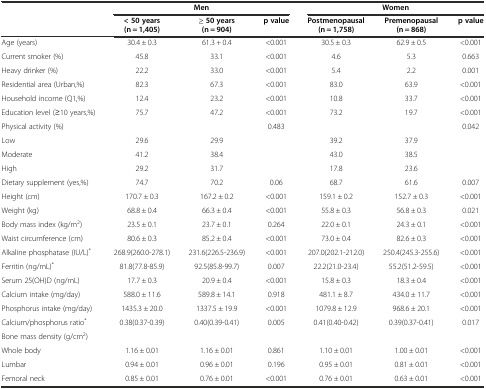
<table><thead><tr><td></td><td colspan="3"><b>Men</b></td><td colspan="3"><b>Women</b></td></tr><tr><td></td><td><b>&lt; 50 years (n = 1,405)</b></td><td><b>≥ 50 years (n = 904)</b></td><td><b>p value</b></td><td><b>Postmenopausal (n = 1,758)</b></td><td><b>Premenopausal (n = 868)</b></td><td><b>p value</b></td></tr></thead><tbody><tr><td>Age (years)</td><td>30.4 ± 0.3</td><td>61.3 + 0.4</td><td>&lt;0.001</td><td>30.5 ± 0.3</td><td>62.9 ± 0.5</td><td>&lt;0.001</td></tr><tr><td>Current smoker (%)</td><td>45.8</td><td>33.1</td><td>&lt;0.001</td><td>4.6</td><td>5.3</td><td>0.663</td></tr><tr><td>Heavy drinker (%)</td><td>22.2</td><td>33.0</td><td>&lt;0.001</td><td>5.4</td><td>2.2</td><td>0.001</td></tr><tr><td>Residential area (Urban,%)</td><td>82.3</td><td>67.3</td><td>&lt;0.001</td><td>83.0</td><td>63.9</td><td>&lt;0.001</td></tr><tr><td>Household income (Q1,%)</td><td>12.4</td><td>23.2</td><td>&lt;0.001</td><td>10.8</td><td>33.7</td><td>&lt;0.001</td></tr><tr><td>Education level (≥10 years,%)</td><td>75.7</td><td>47.2</td><td>&lt;0.001</td><td>73.2</td><td>19.7</td><td>&lt;0.001</td></tr><tr><td>Physical activity (%)</td><td></td><td></td><td>0.483</td><td></td><td></td><td>0.042</td></tr><tr><td>Low</td><td>29.6</td><td>29.9</td><td></td><td>39.2</td><td>37.9</td><td></td></tr><tr><td>Moderate</td><td>41.2</td><td>38.4</td><td></td><td>43.0</td><td>38.5</td><td></td></tr><tr><td>High</td><td>29.2</td><td>31.7</td><td></td><td>17.8</td><td>23.6</td><td></td></tr><tr><td>Dietary supplement (yes,%)</td><td>74.7</td><td>70.2</td><td>0.06</td><td>68.7</td><td>61.6</td><td>0.007</td></tr><tr><td>Height (cm)</td><td>170.7 ± 0.3</td><td>167.2 ± 0.2</td><td>&lt;0.001</td><td>159.1 ± 0.2</td><td>152.7 ± 0.3</td><td>&lt;0.001</td></tr><tr><td>Weight (kg)</td><td>68.8 ± 0.4</td><td>66.3 ± 0.4</td><td>&lt;0.001</td><td>55.8 ± 0.3</td><td>56.8 ± 0.3</td><td>0.021</td></tr><tr><td>Body mass index (kg/m<sup>2</sup>)</td><td>23.5 ± 0.1</td><td>23.7 ± 0.1</td><td>0.264</td><td>22.0 ± 0.1</td><td>24.3 ± 0.1</td><td>&lt;0.001</td></tr><tr><td>Waist circumference (cm)</td><td>80.6 ± 0.3</td><td>85.2 ± 0.4</td><td>&lt;0.001</td><td>73.0 ± 0.4</td><td>82.6 ± 0.3</td><td>&lt;0.001</td></tr><tr><td>Alkaline phosphatase (IU/L)<sup>*</sup></td><td>268.9(260.0-278.1)</td><td>231.6(226.5-236.9)</td><td>&lt;0.001</td><td>207.0(202.1-212.0)</td><td>250.4(245.3-255.6)</td><td>&lt;0.001</td></tr><tr><td>Ferritin (ng/mL)<sup>*</sup></td><td>81.8(77.8-85.9)</td><td>92.5(85.8-99.7)</td><td>0.007</td><td>22.2(21.0-23.4)</td><td>55.2(51.2-59.5)</td><td>&lt;0.001</td></tr><tr><td>Serum 25(OH)D (ng/mL)</td><td>17.7 ± 0.3</td><td>20.9 ± 0.4</td><td>&lt;0.001</td><td>15.8 ± 0.3</td><td>18.3 ± 0.4</td><td>&lt;0.001</td></tr><tr><td>Calcium intake (mg/day)</td><td>588.0 ± 11.6</td><td>589.8 ± 14.1</td><td>0.918</td><td>481.1 ± 8.7</td><td>434.0 ± 11.7</td><td>&lt;0.001</td></tr><tr><td>Phosphorus intake (mg/day)</td><td>1435.3 ± 20.0</td><td>1337.5 ± 19.9</td><td>&lt;0.001</td><td>1079.8 ± 12.9</td><td>968.6 ± 20.1</td><td>&lt;0.001</td></tr><tr><td>Calcium/phosphorus ratio<sup>*</sup></td><td>0.38(0.37-0.39)</td><td>0.40(0.39-0.41)</td><td>0.005</td><td>0.41(0.40-0.42)</td><td>0.39(0.37-0.41)</td><td>0.017</td></tr><tr><td>Bone mass density (g/cm<sup>2</sup>)</td><td></td><td></td><td></td><td></td><td></td><td></td></tr><tr><td>Whole body</td><td>1.16 ± 0.01</td><td>1.16 ± 0.01</td><td>0.861</td><td>1.10 ± 0.01</td><td>1.00 ± 0.01</td><td>&lt;0.001</td></tr><tr><td>Lumbar</td><td>0.94 ± 0.01</td><td>0.96 ± 0.01</td><td>0.196</td><td>0.95 ± 0.01</td><td>0.81 ± 0.01</td><td>&lt;0.001</td></tr><tr><td>Femoral neck</td><td>0.85 ± 0.01</td><td>0.76 ± 0.01</td><td>&lt;0.001</td><td>0.76 ± 0.01</td><td>0.63 ± 0.01</td><td>&lt;0.001</td></tr></tbody></table>